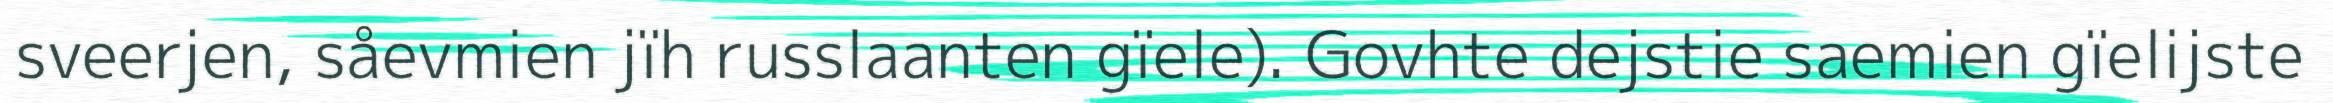
sveerjen, såevmien jïh russlaanten gïele). Govhte dejstie saemien gïelijste